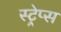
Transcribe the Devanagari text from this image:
स्ट्रेप्स